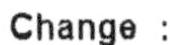
CHANGE :